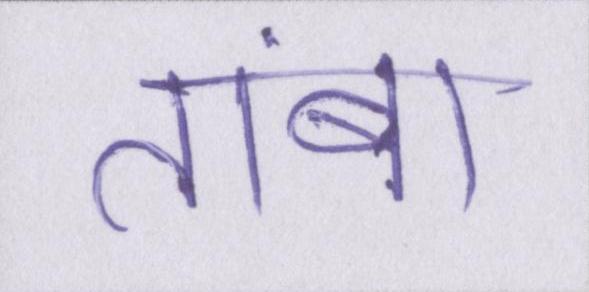
तांबा